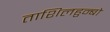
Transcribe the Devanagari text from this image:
ताशिलहुन्बो